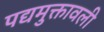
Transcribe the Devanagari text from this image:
पद्यमुक्तावली